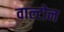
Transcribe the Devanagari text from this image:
वाल्टोन